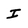
Character: I